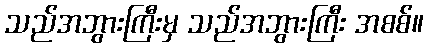
သည်အဘွားကြီးမှ သည်အဘွားကြီး အစစ်။